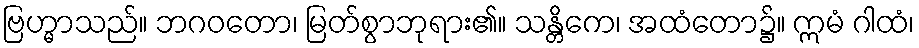
ဗြဟ္မာသည်။ ဘဂဝတော၊ မြတ်စွာဘုရား၏။ သန္တိကေ၊ အထံတော၌။ ဣမံ ဂါထံ၊